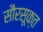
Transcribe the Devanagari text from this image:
सौरसूक्त